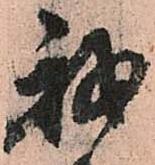
我